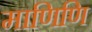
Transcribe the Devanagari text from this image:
माणिणि